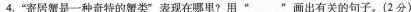
4.”寄居蟹是一种奇特的蟹类”表现在哪里?用”___”画出有关的句子。(2分)